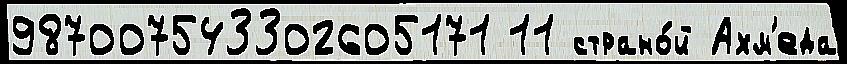
987007543302605171 11 страно́й Ахм'еда